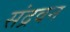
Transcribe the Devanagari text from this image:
संद्रवन